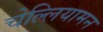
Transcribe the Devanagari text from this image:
चेल्लियामन